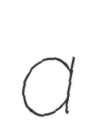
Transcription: a